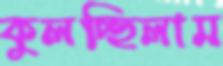
কুলচ্ছিলাম